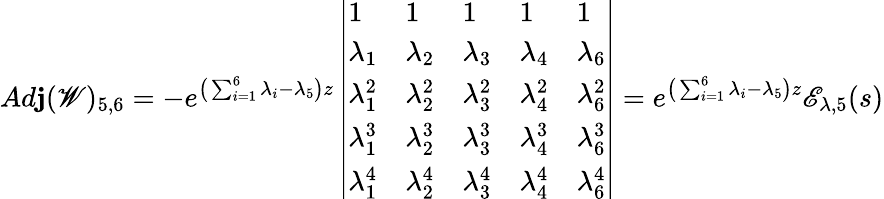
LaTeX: Ad\mathbf{j}(\mathscr{{W}})_{5,6}=-e^{\big(\sum_{i=1}^{6}\lambda_{i}-\lambda_{5}\big)z}\left|\begin{array}{lllll}{1}&{1}&{1}&{1}&{1}\\ {\lambda_{1}}&{\lambda_{2}}&{\lambda_{3}}&{\lambda_{4}}&{\lambda_{6}}\\ {\lambda_{1}^{2}}&{\lambda_{2}^{2}}&{\lambda_{3}^{2}}&{\lambda_{4}^{2}}&{\lambda_{6}^{2}}\\ {\lambda_{1}^{3}}&{\lambda_{2}^{3}}&{\lambda_{3}^{3}}&{\lambda_{4}^{3}}&{\lambda_{6}^{3}}\\ {\lambda_{1}^{4}}&{\lambda_{2}^{4}}&{\lambda_{3}^{4}}&{\lambda_{4}^{4}}&{\lambda_{6}^{4}}\end{array}\right|=e^{\big(\sum_{i=1}^{6}\lambda_{i}-\lambda_{5}\big)z}\mathscr{{E}}_{\lambda,5}(s)